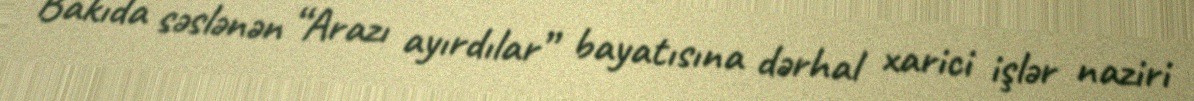
Bakıda səslənən “Arazı ayırdılar” bayatısına dərhal xarici işlər naziri